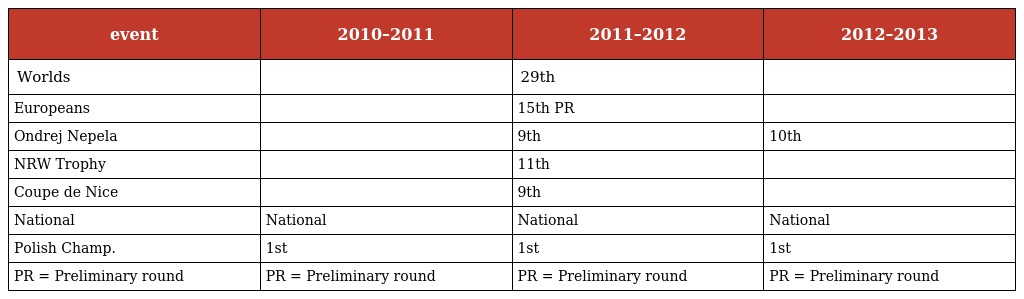
| event | 2010–2011 | 2011–2012 | 2012–2013 |
 | --- | --- | --- | --- |
 | Worlds |  | 29th |  |
 | Europeans |  | 15th PR |  |
 | Ondrej Nepela |  | 9th | 10th |
 | NRW Trophy |  | 11th |  |
 | Coupe de Nice |  | 9th |  |
 | National | National | National | National |
 | Polish Champ. | 1st | 1st | 1st |
 | PR = Preliminary round | PR = Preliminary round | PR = Preliminary round | PR = Preliminary round |